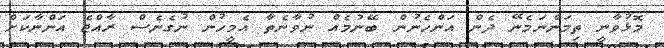
މޮޅުވާނީ ތިމަންނަމެނޭ ދެން އަންހެނުން ބޭނުމެއް ނުވާނެތާ އެމީހުން ނުގެނެސް ރާއްޖެ އަންނާކަށް